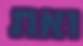
ואת